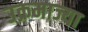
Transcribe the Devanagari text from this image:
उक्रमाज्या